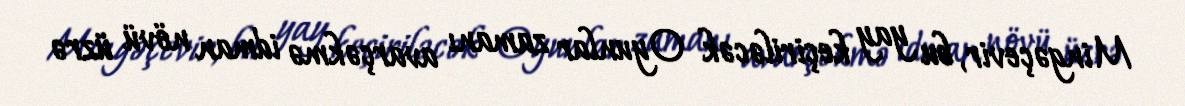
Mingəçevir, bu yay keçiriləcək Oyunlar zamanı avarçəkmə idman növü üzrə